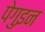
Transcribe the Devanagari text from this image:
पेगुइन